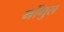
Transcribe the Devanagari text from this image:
मोंगुल